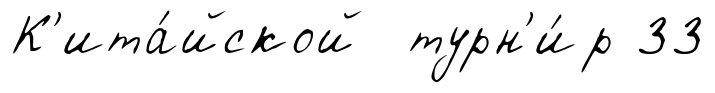
К'ита́йской турн'и́р 33